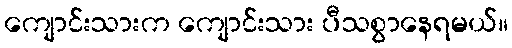
ကျောင်းသားက ကျောင်းသား ပီသစွာနေရမယ်။